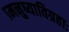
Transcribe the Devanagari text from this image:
।मनुष्याविग्रहाः